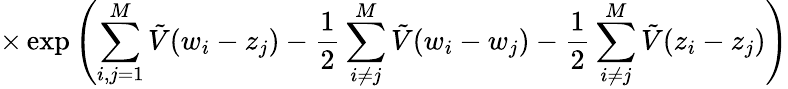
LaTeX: \times\exp\left(\sum_{i,j=1}^{M}\tilde{V}(w_{i}-z_{j})-\frac{1}{2}\sum_{i\neq j}^{M}\tilde{V}(w_{i}-w_{j})-\frac{1}{2}\sum_{i\neq j}^{M}\tilde{V}(z_{i}-z_{j})\right)